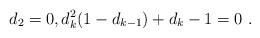
LaTeX: \begin{align*}d_{2}=0, d_{k}^2(1-d_{k-1})+d_{k}-1=0 \ .\end{align*}